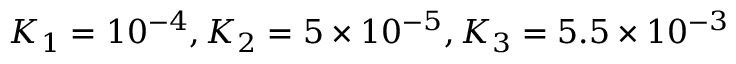
K _ { 1 } = 1 0 ^ { - 4 } , K _ { 2 } = 5 \times 1 0 ^ { - 5 } , K _ { 3 } = 5 . 5 \times 1 0 ^ { - 3 }